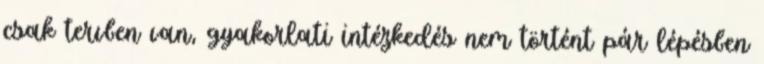
csak tervben van, gyakorlati intézkedés nem történt pár lépésben